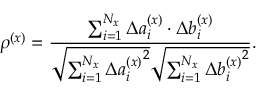
\rho ^ { ( x ) } = \frac { \sum _ { i = 1 } ^ { N _ { x } } \Delta a _ { i } ^ { ( x ) } \cdot \Delta b _ { i } ^ { ( x ) } } { \sqrt { \sum _ { i = 1 } ^ { N _ { x } } \Delta { a _ { i } ^ { ( x ) } } ^ { 2 } } \sqrt { \sum _ { i = 1 } ^ { N _ { x } } \Delta { b _ { i } ^ { ( x ) } } ^ { 2 } } } .